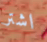
اشتر